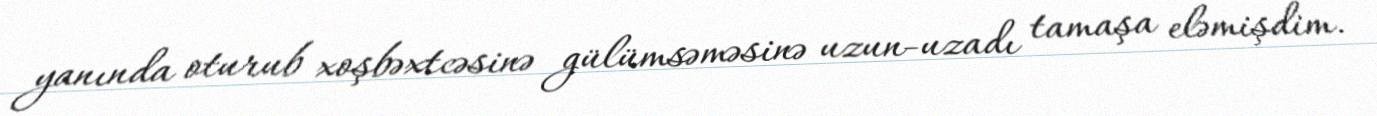
yanında oturub xoşbəxtcəsinə gülümsəməsinə uzun-uzadı tamaşa eləmişdim.